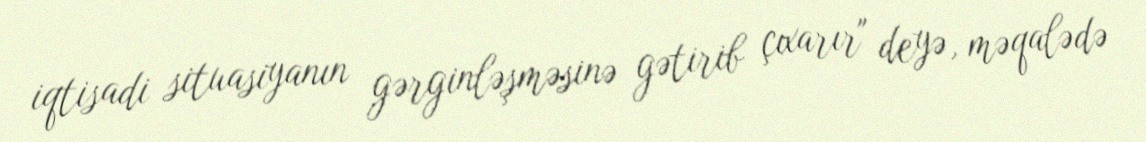
iqtisadi situasiyanın gərginləşməsinə gətirib çıxarır" deyə, məqalədə